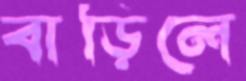
বাড়িলে